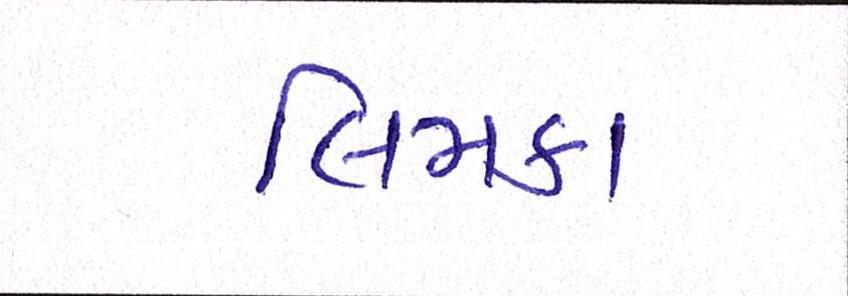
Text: લિમકા